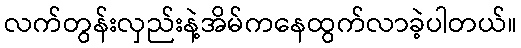
လက်တွန်းလှည်းနဲ့အိမ်ကနေထွက်လာခဲ့ပါတယ်။